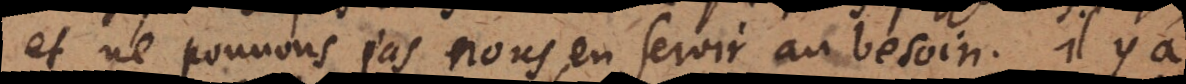
et ne pouvons pas nous en servir au besoin. Il y a